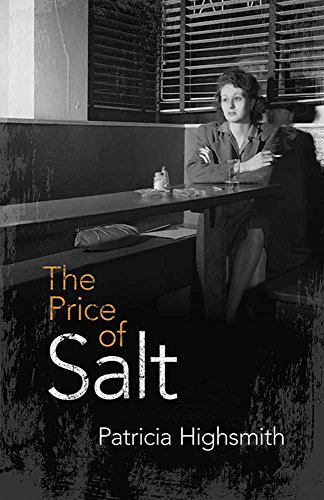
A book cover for The Price of Salt: OR Carol; Patricia Highsmith; Romance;